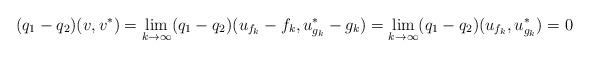
LaTeX: \begin{align*} (q_1-q_2)(v,v^*) = \lim_{k\to\infty}(q_1-q_2)(u_{f_k}-f_k,u_{g_k}^* -g_k) = \lim_{k\to\infty}(q_1-q_2)(u_{f_k},u_{g_k}^*) = 0\end{align*}